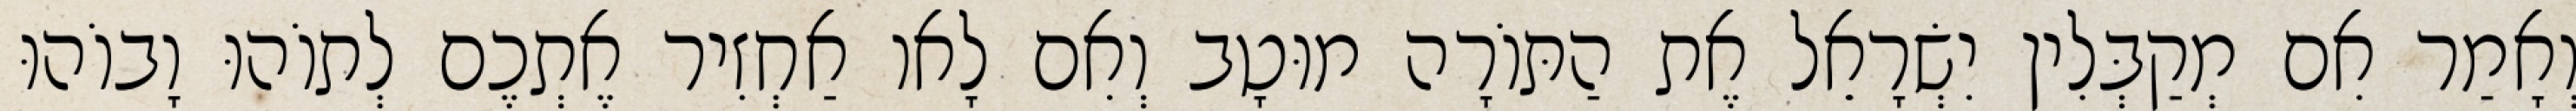
וְאָמַר אִם מְקַבְּלִין יִשְׂרָאֵל אֶת הַתּוֹרָה מוּטָב וְאִם לָאו אַחְזִיר אֶתְכֶם לְתוֹהוּ וָבוֹהוּ